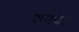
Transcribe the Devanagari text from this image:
शमथ।